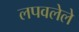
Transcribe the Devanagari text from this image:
लपवलेले